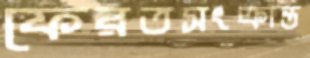
ফেরতসংক্রান্ত